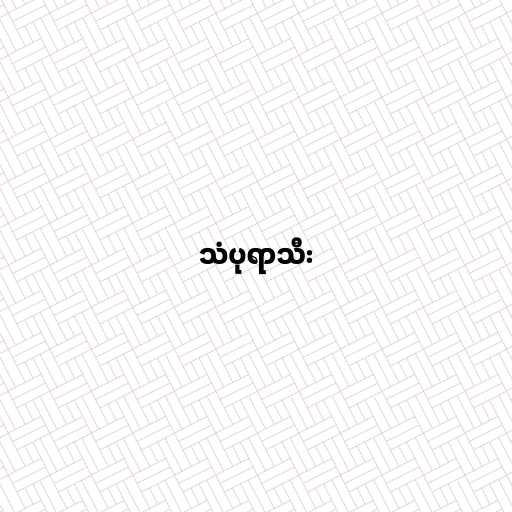
သံပုရာသီး